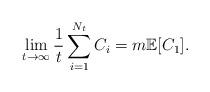
LaTeX: \begin{align*}\lim_{t\rightarrow\infty}\frac{1}{t}\sum_{i=1}^{N_{t}}C_{i}=m\mathbb{E}[C_{1}].\end{align*}